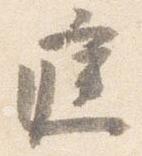
庭